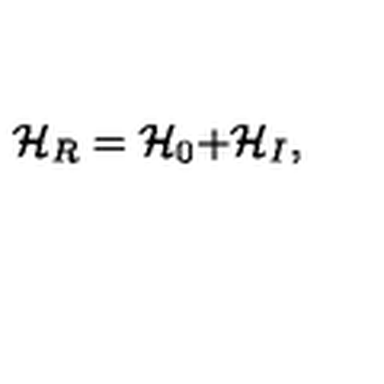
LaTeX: \mathcal { H } _ { R } = \mathcal { H } _ { 0 } \mathcal { + H } _ { I } ,